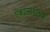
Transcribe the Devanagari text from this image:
ऐक्यासाठीच्या